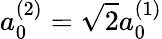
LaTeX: a_{0}^{(2)}=\sqrt{2}a_{0}^{(1)}